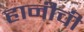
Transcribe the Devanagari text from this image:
हानीची